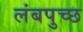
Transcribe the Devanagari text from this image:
लंबपुच्छ